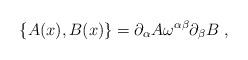
LaTeX: \begin{align*}\{ A(x),B(x) \} = \partial_\alpha A\omega^{\alpha\beta} \partial_\beta B \;,\end{align*}